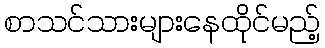
စာသင်သားများနေထိုင်မည့်